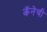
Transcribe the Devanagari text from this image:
कॅनेची